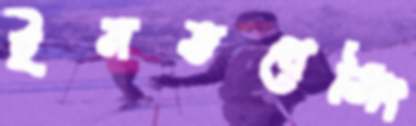
ইনভয়েসিং